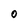
Character: 0